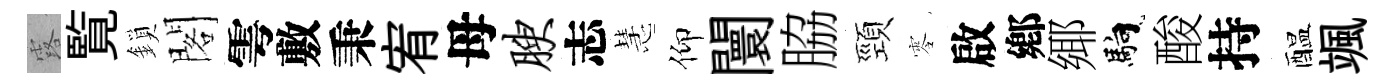
露覧鎖閣雩敷秉宥母腴志慧仰闤脇頸零啟鄕鄊馿酸持醖颯